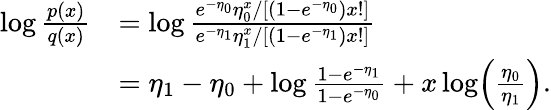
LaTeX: \begin{array}{rl}{\log\frac{p(x)}{q(x)}}&{=\log\frac{e^{-\eta_{0}}\eta_{0}^{x}/[(1-e^{-\eta_{0}})x!]}{e^{-\eta_{1}}\eta_{1}^{x}/[(1-e^{-\eta_{1}})x!]}}\\ &{=\eta_{1}-\eta_{0}+\log\frac{1-e^{-\eta_{1}}}{1-e^{-\eta_{0}}}+x\log\! \left(\frac{\eta_{0}}{\eta_{1}}\right).}\end{array}